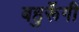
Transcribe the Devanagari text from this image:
बहुरूॅंगी